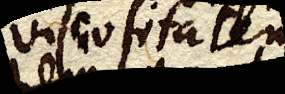
viscositatem